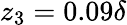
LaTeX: z_{3}=0.09\delta